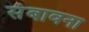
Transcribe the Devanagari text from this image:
संबावना